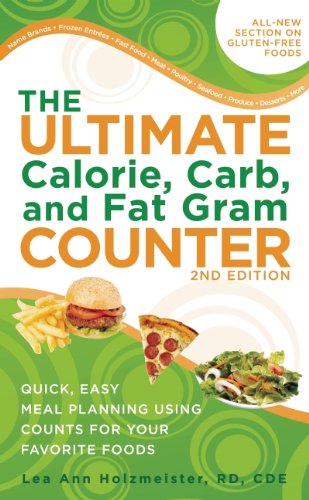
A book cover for The Ultimate Calorie, Carb, and Fat Gram Counter: Quick, Easy Meal Planning Using Counts for Your Favorite Foods (Ultimate Calorie, Carb & Fat Gram Counter); R.D. Lea Ann Holzmeister R.D.; Health, Fitness & Dieting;